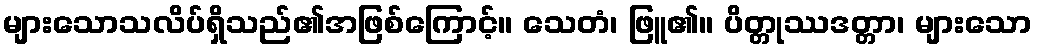
များသောသလိပ်ရှိသည်၏အဖြစ်ကြောင့်။ သေတံ၊ ဖြူ၏။ ပိတ္တုဿဒတ္တာ၊ များသော